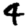
Digit: 4